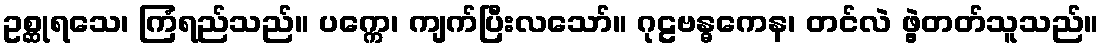
ဥစ္ဆုရသေ၊ ကြံရည်သည်။ ပက္ကေ၊ ကျက်ပြီးလသော်။ ဂုဠဗန္ဓကေန၊ တင်လဲ ဖွဲ့တတ်သူသည်။